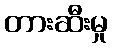
တားဆီးမှု